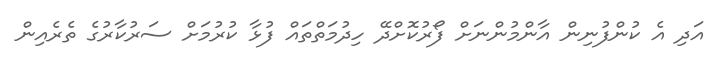
އަދި އެ ކުންފުނިން އާންމުންނަށް ފޯރުކޮށްދޭ ހިދުމަތްތައް ފުޅާ ކުރުމަށް ސަރުކާރުގެ ތެރެއިން